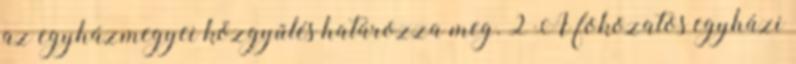
az egyházmegyei közgyűlés határozza meg. 2 A fokozatos egyházi